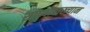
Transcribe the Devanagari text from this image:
साध्योपाख्यान